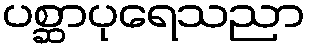
ပစ္ဆာပုရေသညာ